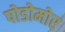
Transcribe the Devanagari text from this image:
पोडोमोर